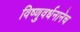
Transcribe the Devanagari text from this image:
विष्णुवर्धनानेच